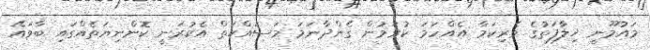
މައުމޫނީ ޚިލާފަތުގެ ވެރިކަމާ އެއްހަމަ ކުރަމުން ގެންދާނަމަ މަސައްކަތް އެކުރަނީ ކޮންނިޔަތެއްގައި ބާވައޭ